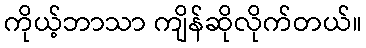
ကိုယ့်ဘာသာ ကျိန်ဆိုလိုက်တယ်။